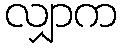
လျှာက